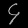
Digit: ၄